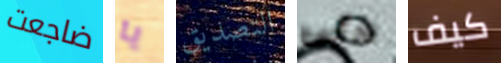
ضاجعت يا التصديق حتى كيف